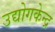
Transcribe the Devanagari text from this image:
उद्योगकेन्द्र